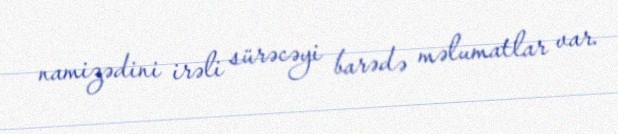
namizədini irəli sürəcəyi barədə məlumatlar var.